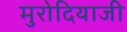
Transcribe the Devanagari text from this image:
मुरोदियाजी